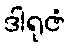
ဒါရုဇံ